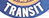
TRANSIT